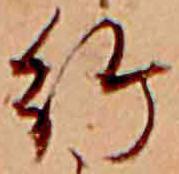
給